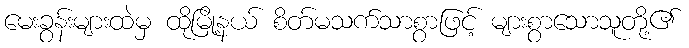
မေးခွန်းများထဲမှ ထိုမြို့နယ် စိတ်မသက်သာစွာဖြင့် များစွာသောသူတို့၏